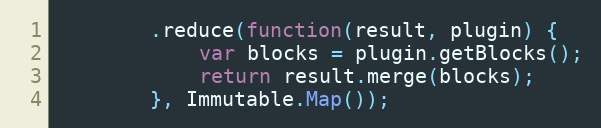
Language: JavaScript
        .reduce(function(result, plugin) {
            var blocks = plugin.getBlocks();
            return result.merge(blocks);
        }, Immutable.Map());